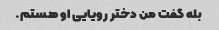
بله گفت من دختر رویایی او هستم.